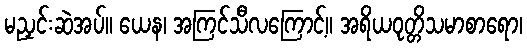
မညှင်းဆဲအပ်။ ယေန၊ အကြင်သီလကြောင့်။ အရိယဝုတ္တိသမာစာရော၊